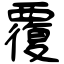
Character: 覆